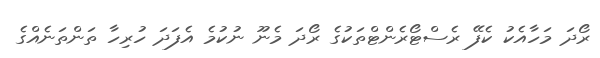
ރޯދަ މަހާއެކު ކެފޭ ރެސްޓޯރެންޓްތަކުގެ ރޯދަ މެނޫ ނުކުމެ އެފަދަ ހުރިހާ ތަންތަނެއްގެ